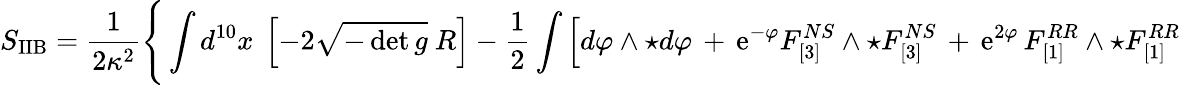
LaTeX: S_{\mathrm{IIB}}=\frac{1}{2\kappa^{2}}\Bigg\{ \int d^{10}x~\left[-2\sqrt{-\operatorname*{det}g}~R\right]-\frac{1}{2}\int\Big[d\varphi\wedge\star d\varphi\, +\, \mathrm{e}^{-\varphi}F_{[3]}^{NS}\wedge\star F_{[3]}^{NS}\, +\, \mathrm{e}^{2\varphi}\, F_{[1]}^{RR}\wedge\star F_{[1]}^{RR}